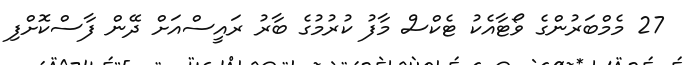
27 މެމްބަރުންގެ ވޯޓާއެކު ޓެކްސް މާފު ކުރުމުގެ ބާރު ރައީސްއަށް ދޭން ފާސްކޮށްފި